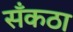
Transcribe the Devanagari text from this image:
सँकठा